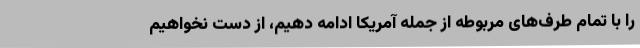
را با تمام طرف‌های مربوطه از جمله آمریکا ادامه دهیم، از دست نخواهیم